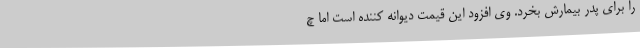
را برای پدر بیمارش بخرد. وی افزود این قیمت دیوانه کننده است اما چ